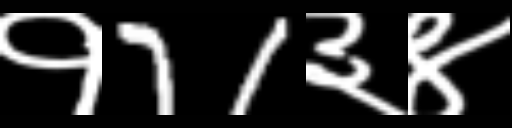
Text: १71३४